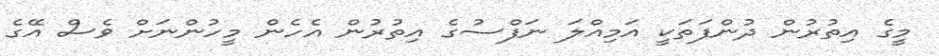
މީގެ އިތުރުން ދުންފަތަކީ އަމިއްލަ ނަފްސުގެ އިތުރުން އެހެން މީހުންނަށް ވެސް އޭގެ